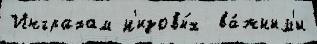
Инграхам н'изовы́х  ва́жным'и